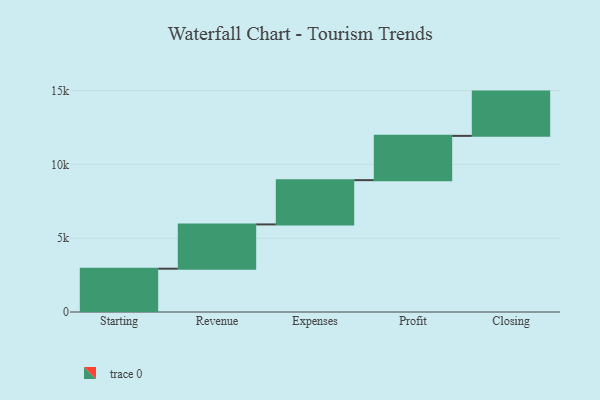
{"axis": {"x": "Step", "y": "Value"}, "legend": [""], "data": [{"x": "Starting", "y": 2934.0, "type": ""}, {"x": "Revenue", "y": 3000, "type": ""}, {"x": "Expenses", "y": 3000, "type": ""}, {"x": "Profit", "y": 3000, "type": ""}, {"x": "Closing", "y": 3000, "type": ""}]}